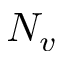
N _ { v }